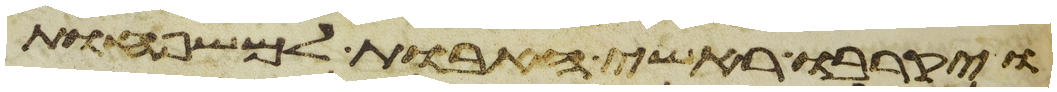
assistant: ויקרבו ראשי האבות למשפחות